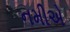
નમીએ